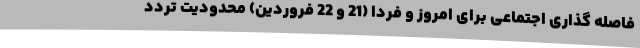
فاصله گذاری اجتماعی برای امروز و فردا (21 و 22 فروردین) محدودیت تردد